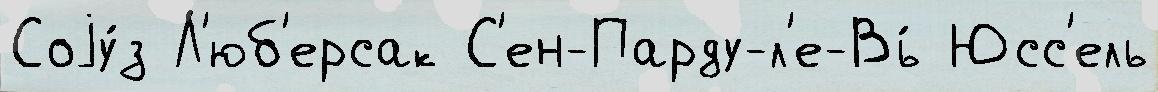
Соjу́з Л'юб'ерсак С'ен-Парду-л'е-Вь́ Юсс'ель